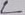
Text: L